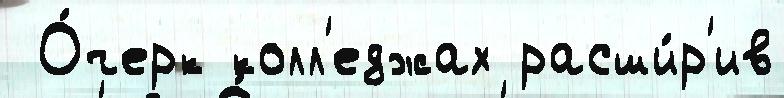
 О́черк колл'еджах расши́р'ив